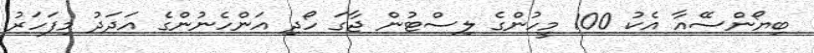
ބިޔޯންސޭއާ އެކު 100 މީހުންގެ ލިސްޓުން ޖާގަ ހޯދި އަންހެނުންގެ އަދަދު މިފަހަރު